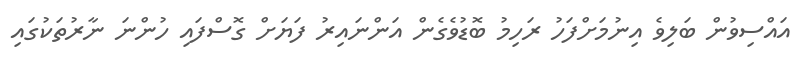
އައްސިވުން ބަލިވެ އިނުމަށްފަހު ރަހިމު ބޮޑުވެގެން އަންނައިރު ފަޔަށް ގޮސްފައި ހުންނަ ނާރުތަކުގައި